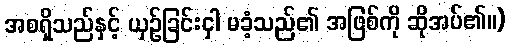
အစရှိသည်နှင့် ယှဉ်ခြင်းငှါ မခံ့သည်၏ အဖြစ်ကို ဆိုအပ်၏။)